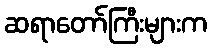
ဆရာတော်ကြီးများက